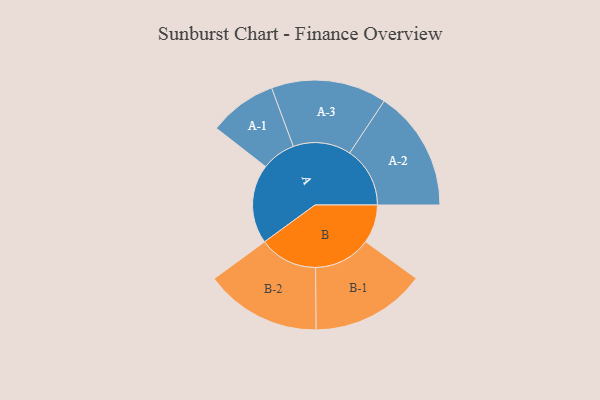
{"axis": {"x": "Segment", "y": "Value"}, "legend": ["", "A", "B"], "data": [{"x": "A", "y": 340, "type": ""}, {"x": "B", "y": 165, "type": ""}, {"x": "A-1", "y": 146, "type": "A"}, {"x": "A-2", "y": 259, "type": "A"}, {"x": "A-3", "y": 248, "type": "A"}, {"x": "B-1", "y": 246, "type": "B"}, {"x": "B-2", "y": 250, "type": "B"}]}